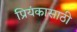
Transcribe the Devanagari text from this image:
प्रियंकासाठी